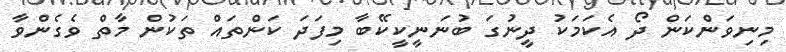
މިނިވަންކަން ދޯ އެކަމަކު ދީނުގަ ބުނަނީކީކޭބާ މިފަދަ ކަންތައް ތަކުން މާތް ވެގެންވާ